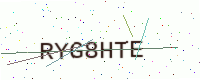
Text: RYG8HTE